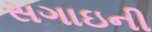
સગાઇની